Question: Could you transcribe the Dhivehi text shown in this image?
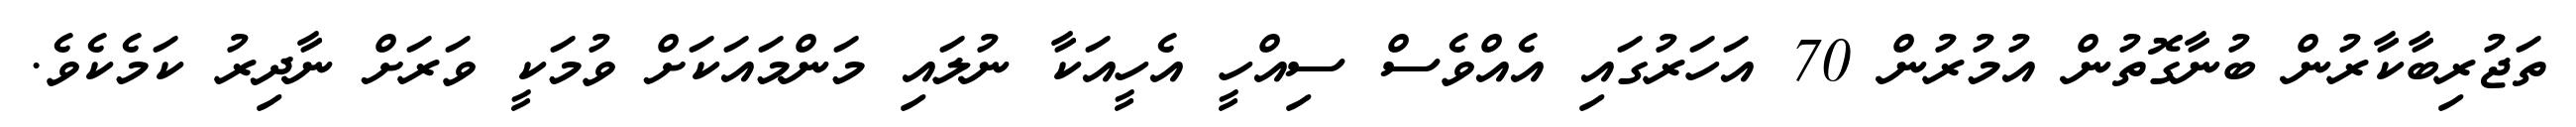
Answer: ތަޖުރިބާކާރުން ބުނާގޮތުން އުމުރުން 70 އަހަރުގައި އެއްވެސް ސިއްހީ އެހީއަކާ ނުލައި މަންމައަކަށް ވުމަކީ ވަރަށް ނާދިރު ކަމެކެވެ.